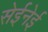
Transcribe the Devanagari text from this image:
सेईनेई